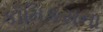
કૉમિકસના